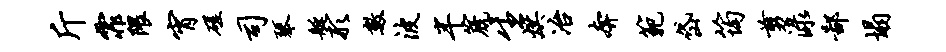
斤霏隈宵磋司琴艇形数波半篪生烘冶奔范岱筠剪渌鄙塌